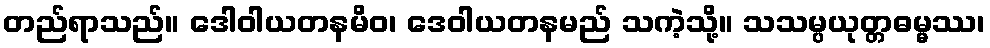
တည်ရာသည်။ ဒေါဝါယတနမိဝ၊ ဒေဝါယတနမည် သကဲ့သို့။ သသမ္ပယုတ္တဓမ္မဿ၊